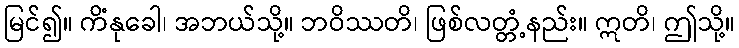
မြင်၍။ ကိံနုခေါ၊ အဘယ်သို့။ ဘဝိဿတိ၊ ဖြစ်လတ္တံ့နည်း။ ဣတိ၊ ဤသို့။